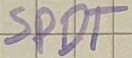
Text: SPDT